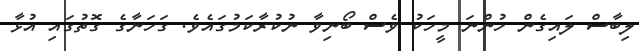
ލިބާސް ލައިގެން ހުންނަ މީހަކު ވެސް ބޯނިވާ ނުކުރާކަމުގައެވެ. ގަހަނާގެ ގޮތުގައި އުޅާ